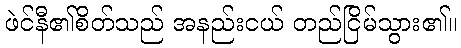
ဖဲင်နီ၏စိတ်သည် အနည်းငယ် တည်ငြိမ်သွား၏။